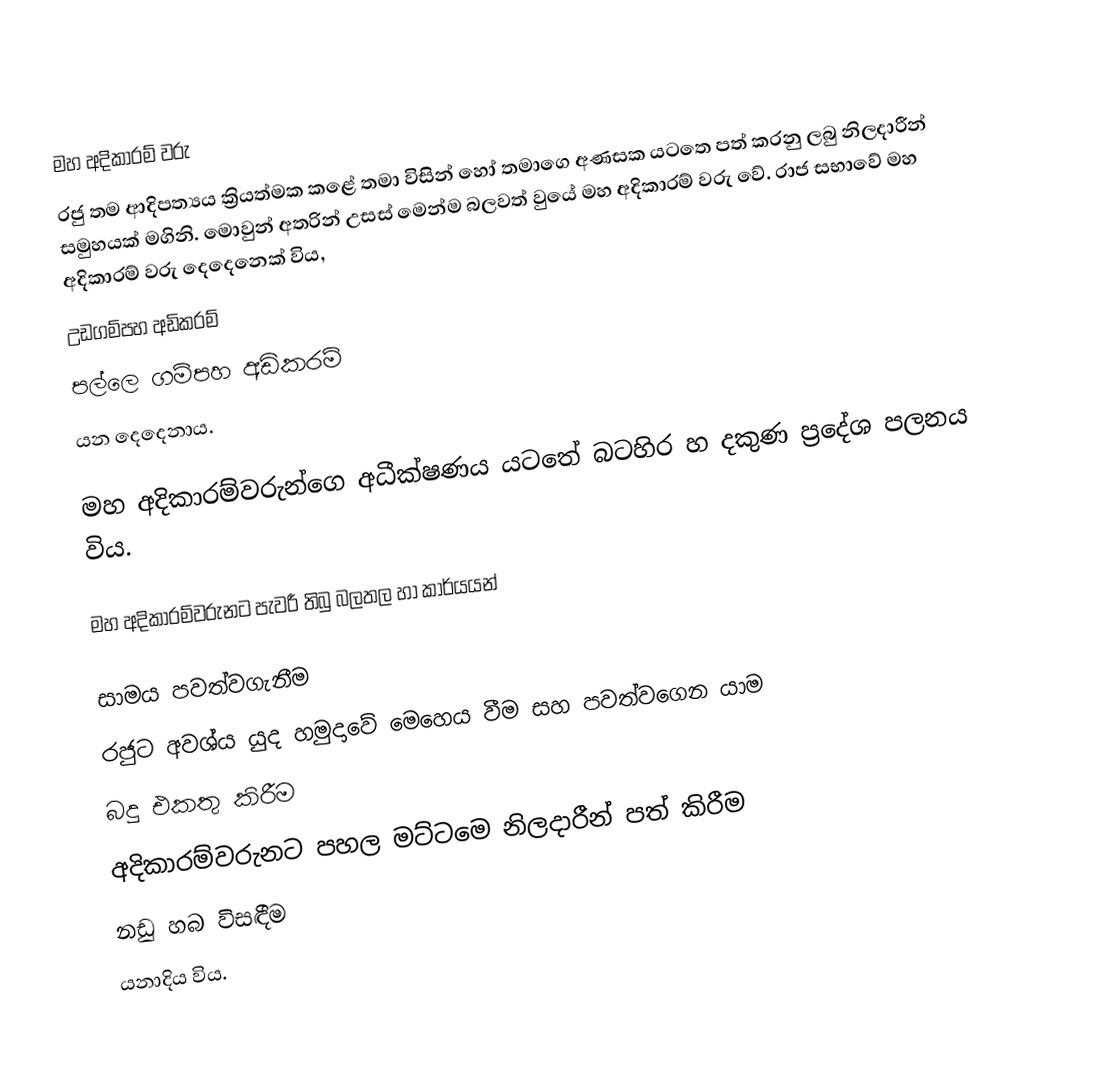
මහ අදිකාරම් වරු
රජු තම ආදිපත්‍යය ක්‍රියත්මක කළේ තමා විසින් හෝ තමාගෙ අණසක යටතෙ පත් කරනු ලබු නිලදාරීන් සමුහයක් මගිනි. මොවුන් අතරින් උසස් මෙන්ම බලවත් වුයේ මහ අදිකාරම් වරු වේ. රාජ සභාවේ මහ අදිකාරම් වරු දෙදෙනෙක් විය,
 උඩගම්පහ අඩිකරම්
 පල්ලෙ ගම්පහ අඩිකරම්
යන දෙදෙනාය.

මහ අදිකාරම්වරුන්ගෙ අධීක්ෂණය යටතේ බටහිර හ දකුණ ප්‍රදේශ පලනය විය.

මහ අදිකාරම්වරුනට පැවරී තිබු බලතල හා කාර්යයන්

 සාමය පවත්වගැනීම
 රජුට අවශ්ය යුද හමුදාවේ මෙහෙය වීම සහ පවත්වගෙන යාම
 බදු එකතු කිරීම
 අදිකාරම්වරුනට පහල මට්ටමෙ නිලදාරීන් පත් කිරීම
 නඩු හබ විසඳීම
යනාදිය විය.